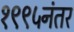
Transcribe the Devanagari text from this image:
१९९५नंतर